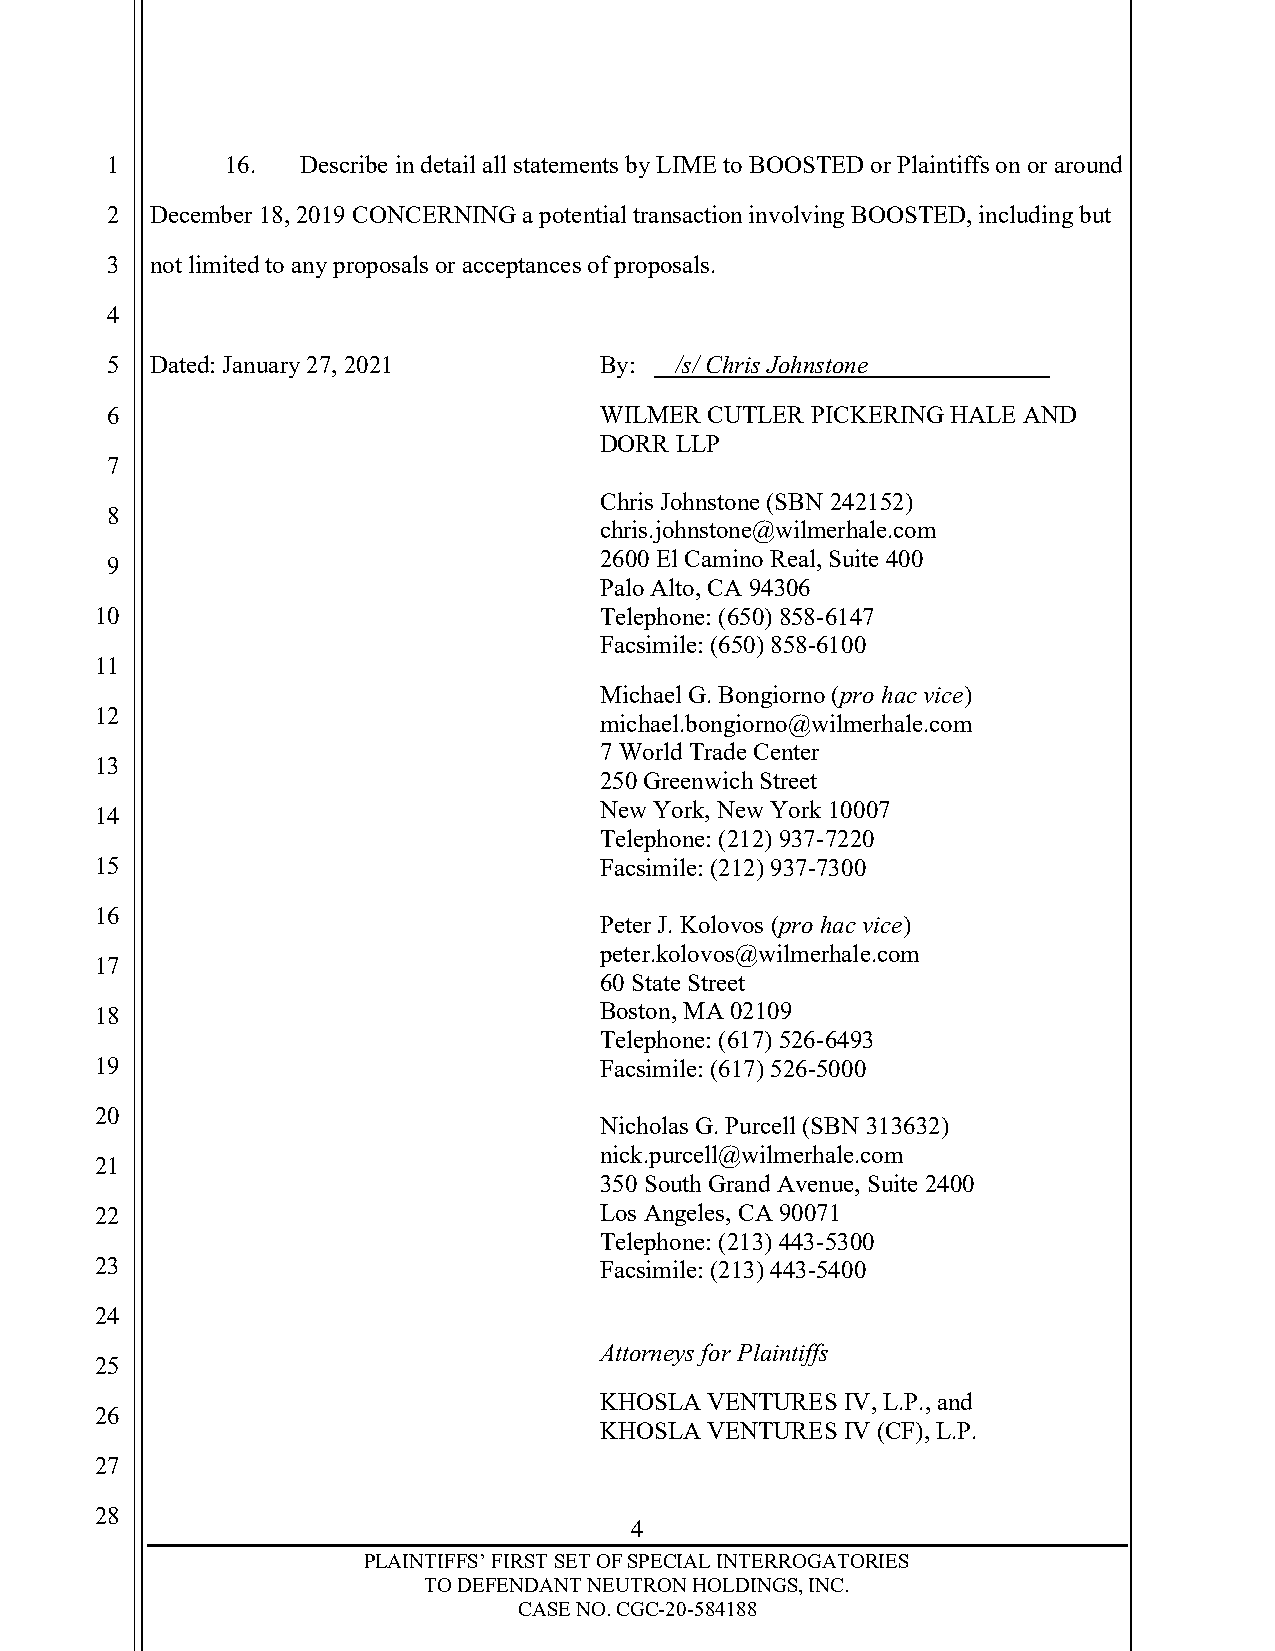
1       16.  Describe in detail all statements by LIME to BOOSTED or Plaintiffs on or around
 2  December 18, 2019 CONCERNING a potential transaction involving BOOSTED, including but
 3  not limited to any proposals or acceptances of proposals.
 4
 5  Dated: January 27, 2021       By:  /s/ Chris Johnstone
 6                                WILMER CUTLER PICKERING HALE AND
 DORR LLP
 7
 Chris Johnstone (SBN 242152)
 8
 chris.johnstone@wilmerhale.com
 2600 El Camino Real, Suite 400
 9
 Palo Alto, CA 94306
 10                                Telephone: (650) 858-6147
 Facsimile: (650) 858-6100
 11
 Michael G. Bongiorno (pro hac vice)
 12
 michael.bongiorno@wilmerhale.com
 7 World Trade Center
 13
 250 Greenwich Street
 14                                New York, New York 10007
 Telephone: (212) 937-7220
 15                                Facsimile: (212) 937-7300
 16
 Peter J. Kolovos (pro hac vice)
 peter.kolovos@wilmerhale.com
 17
 60 State Street
 18                                Boston, MA 02109
 Telephone: (617) 526-6493
 19                                Facsimile: (617) 526-5000
 20
 Nicholas G. Purcell (SBN 313632)
 nick.purcell@wilmerhale.com
 21
 350 South Grand Avenue, Suite 2400
 22                                Los Angeles, CA 90071
 Telephone: (213) 443-5300
 23                                Facsimile: (213) 443-5400
 24
 Attorneys for Plaintiffs
 25
 KHOSLA VENTURES IV, L.P., and
 26
 KHOSLA VENTURES IV (CF), L.P.
 27
 28
 4
 PLAINTIFFS’ FIRST SET OF SPECIAL INTERROGATORIES
 TO DEFENDANT NEUTRON HOLDINGS, INC.
 CASE NO. CGC-20-584188